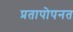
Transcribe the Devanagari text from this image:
प्रतापोपनत